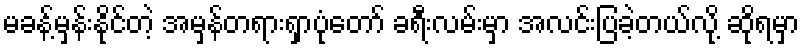
မခန့်မှန်းနိုင်တဲ့ အမှန်တရားရှာပုံတော် ခရီးလမ်းမှာ အလင်းပြခဲ့တယ်လို့ ဆိုရမှာ